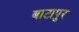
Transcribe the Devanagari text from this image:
बाटापुर